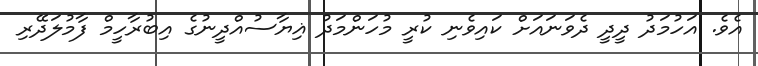
އެވެ. އަހުމަދު ދީދީ ދެވަނައަށް ކައިވެނި ކުރީ މުހަންމަދު ޣިޔާސުއްދީނުގެ އިބުރާހީމް ފާމުލަދޭރި